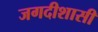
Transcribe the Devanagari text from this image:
जगदीशासी